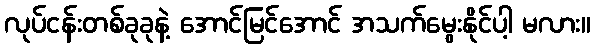
လုပ်ငန်းတစ်ခုခုနဲ့ အောင်မြင်အောင် အသက်မွေးနိုင်ပါ့ မလား။